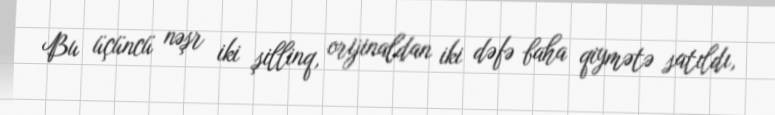
Bu üçüncü nəşr iki şillinq, orijinaldan iki dəfə baha qiymətə satıldı,